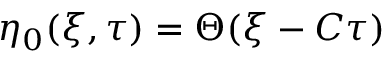
\eta _ { 0 } ( \xi , \tau ) = \Theta ( \xi - C \tau )